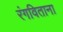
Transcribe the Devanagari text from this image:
रंगविताना